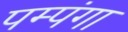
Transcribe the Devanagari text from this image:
पम्पंगा